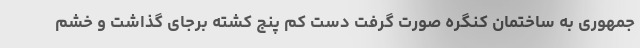
جمهوری به ساختمان کنگره صورت گرفت دست کم پنج کشته برجای گذاشت و خشم